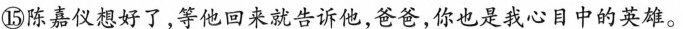
⑮陈嘉仪想好了，等他回来就告诉他，爸爸，你也是我心同中的英雄。